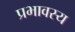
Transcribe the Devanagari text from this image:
प्रभावस्य